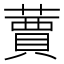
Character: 𦽿